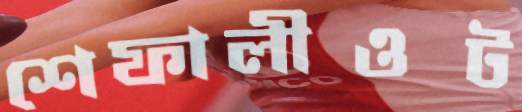
শেফালীওট